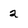
Character: 2